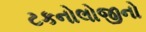
ટકનોલોજીનો